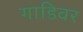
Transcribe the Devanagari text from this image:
गाडिवर